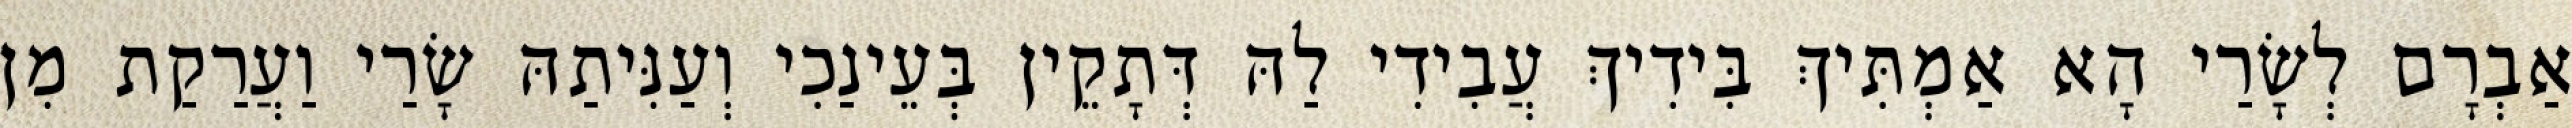
אַבְרָם לְשָׂרַי הָא אַמְתִּיךְ בִּידִיךְ עֲבִידִי לַהּ דְּתָקֵין בְּעֵינַכִי וְעַנִּיתַהּ שָׂרַי וַעֲרַקַת מִן